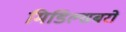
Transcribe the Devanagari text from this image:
मिडिल्सबरो